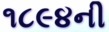
૧૮૯૪ની